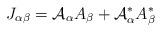
LaTeX: \begin{align*}J_{\alpha\beta}={\cal{A}}_\alpha A_\beta + {\cal{A}}_\alpha^* A_\beta^*\end{align*}